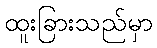
ထူးခြားသည်မှာ